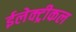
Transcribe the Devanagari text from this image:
ईलेक्ट्रीकल